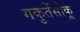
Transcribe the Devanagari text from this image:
गकुतेंसोकू